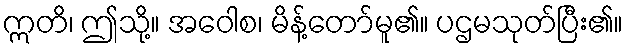
ဣတိ၊ ဤသို့။ အဝေါစ၊ မိန့်တော်မူ၏။ ပဌမသုတ်ပြီး၏။